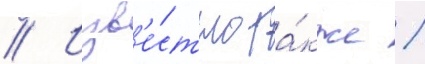
// Изв'е́стно та́кже /